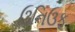
ઉનિઉફ